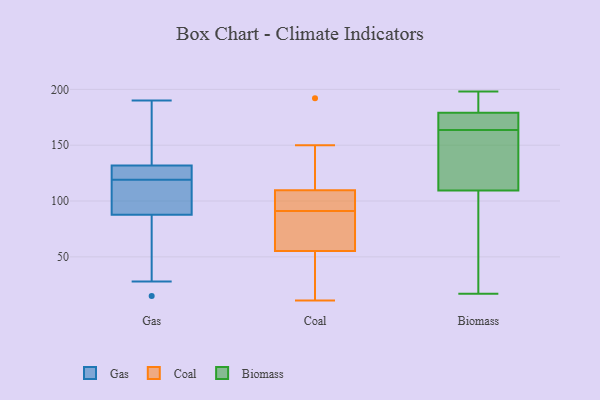
{"axis": {"x": "Conversion Rate (%)", "y": "Value"}, "legend": ["Biomass", "Coal", "Gas"], "data": [{"x": "", "y": 132, "type": "Gas"}, {"x": "", "y": 84, "type": "Gas"}, {"x": "", "y": 124, "type": "Gas"}, {"x": "", "y": 119, "type": "Gas"}, {"x": "", "y": 186, "type": "Gas"}, {"x": "", "y": 28, "type": "Gas"}, {"x": "", "y": 131, "type": "Gas"}, {"x": "", "y": 126, "type": "Gas"}, {"x": "", "y": 190, "type": "Gas"}, {"x": "", "y": 171, "type": "Gas"}, {"x": "", "y": 106, "type": "Gas"}, {"x": "", "y": 99, "type": "Gas"}, {"x": "", "y": 15, "type": "Gas"}, {"x": "", "y": 99, "type": "Gas"}, {"x": "", "y": 63, "type": "Gas"}, {"x": "", "y": 91, "type": "Coal"}, {"x": "", "y": 47, "type": "Coal"}, {"x": "", "y": 95, "type": "Coal"}, {"x": "", "y": 91, "type": "Coal"}, {"x": "", "y": 12, "type": "Coal"}, {"x": "", "y": 11, "type": "Coal"}, {"x": "", "y": 58, "type": "Coal"}, {"x": "", "y": 150, "type": "Coal"}, {"x": "", "y": 95, "type": "Coal"}, {"x": "", "y": 97, "type": "Coal"}, {"x": "", "y": 148, "type": "Coal"}, {"x": "", "y": 73, "type": "Coal"}, {"x": "", "y": 192, "type": "Coal"}, {"x": "", "y": 198, "type": "Biomass"}, {"x": "", "y": 181, "type": "Biomass"}, {"x": "", "y": 137, "type": "Biomass"}, {"x": "", "y": 17, "type": "Biomass"}, {"x": "", "y": 166, "type": "Biomass"}, {"x": "", "y": 177, "type": "Biomass"}, {"x": "", "y": 166, "type": "Biomass"}, {"x": "", "y": 38, "type": "Biomass"}, {"x": "", "y": 161, "type": "Biomass"}, {"x": "", "y": 103, "type": "Biomass"}, {"x": "", "y": 116, "type": "Biomass"}, {"x": "", "y": 192, "type": "Biomass"}]}